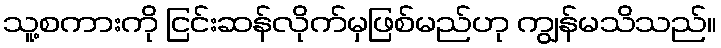
သူ့စကားကို ငြင်းဆန်လိုက်မှဖြစ်မည်ဟု ကျွန်မသိသည်။